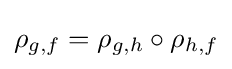
\rho _{g,f}=\rho _{g,h}\circ \rho _{h,f}